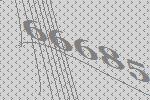
66685